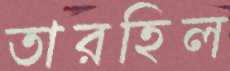
তারহিল